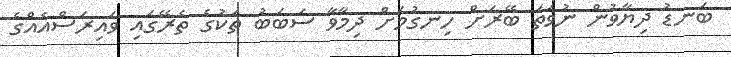
ބަނޑު ދިޔާވުން ނުވަތަ ބޭރަށް ހިނގުމަށް ދިމާވާ ސަބަބު ތަކުގެ ތެރޭގައި ވައިރަސްއެއްގެ